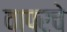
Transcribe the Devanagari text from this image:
वापरचे